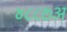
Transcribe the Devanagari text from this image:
४८८७अ